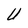
Character: U